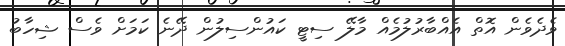
ވެދެވެން އޮތް އެއްބާރުލުމެއް މާލޭ ސިޓީ ކައުންސިލުން ދޭނެ ކަމަށް ވެސް ޝިހާބު